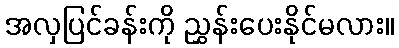
အလှပြင်ခန်းကို ညွှန်းပေးနိုင်မလား။